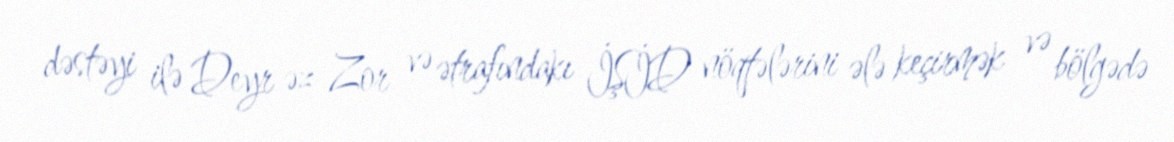
dəstəyi ilə Deyr əz-Zor və ətrafındakı İŞİD nöqtələrini ələ keçirmək və bölgədə